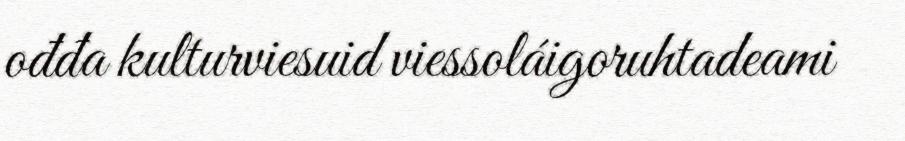
ođđa kulturviesuid viessoláigoruhtadeami